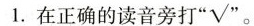
1.在正确的读音旁打”√”。